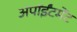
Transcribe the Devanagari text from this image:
अपॉईंटमेंट